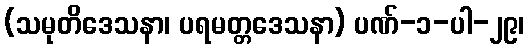
(သမုတိဒေသနာ၊ ပရမတ္တဒေသနာ) ပဏ်-၁-ပါ-၂၉၊